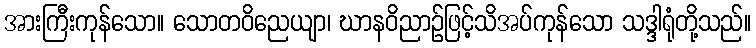
အားကြီးကုန်သော။ သောတဝိညေယျာ၊ ဃာနဝိညာဉ်ဖြင့်သိအပ်ကုန်သော သဒ္ဒါရုံတို့သည်။